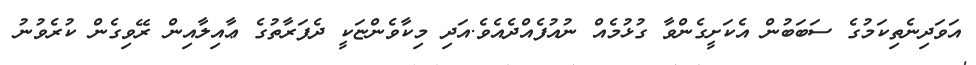
އަވަދިނެތިކަމުގެ ސަބަބުން އެކަށީގެންވާ ގުޅުމެއް ނުއުފެއްދެއެވެ.އަދި މިކާވެންޏަކީ ދެފަރާތުގެ ޢާއިލާއިން ރޭވިގެން ކުރެވުނު